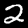
Digit: 2